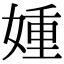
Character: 媑